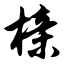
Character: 榇